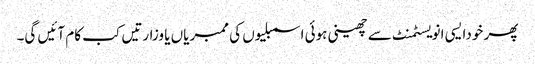
پھر خودایسی انویسٹمنٹ سے چھینی ہوئی اسمبلیوں کی ممبریاں یا وزارتیں کب کام آئیں گی۔